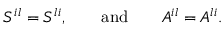
{ \cal S } ^ { i l } = { \cal S } ^ { l i } , \qquad \mathrm { a n d } \qquad { \cal A } ^ { i l } = { \cal A } ^ { l i } .